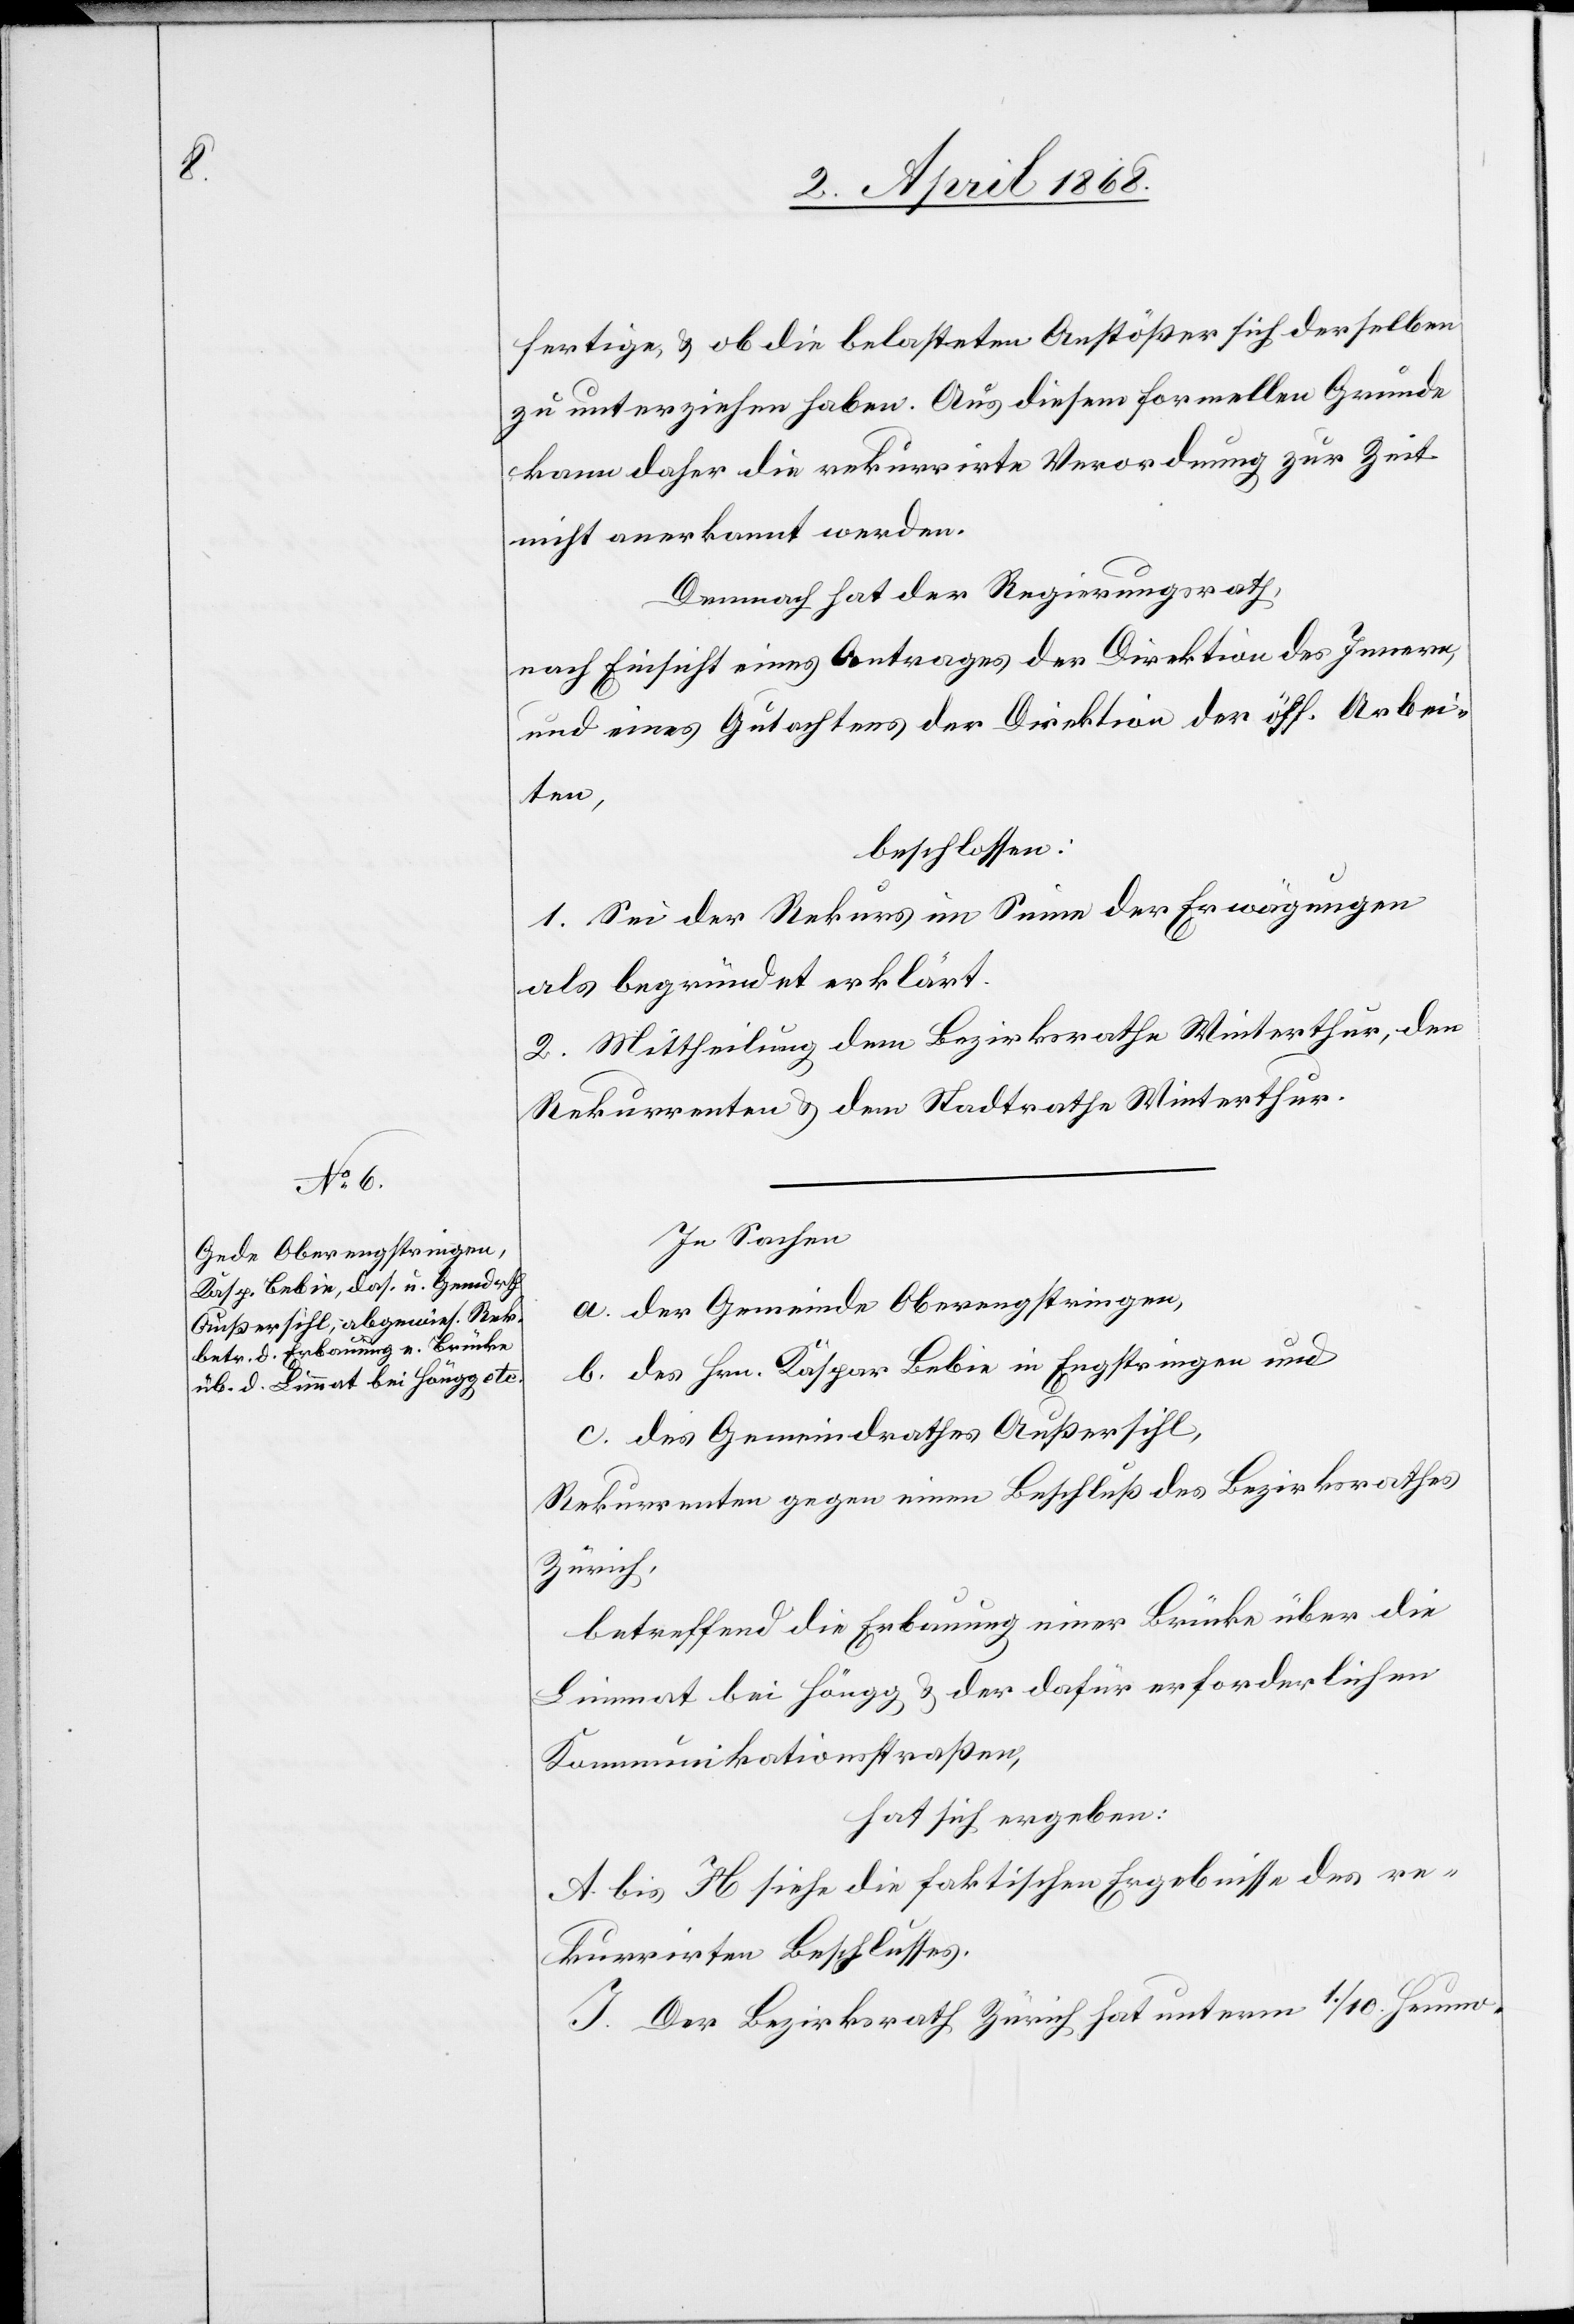
fertige, & ob die belasteten Anstößer sich derselben
zu unterziehen haben. Aus diesem formellen Grunde
kann daher die rekurrirte Verordnung zur Zeit
nicht anerkannt werden.
Demnach hat der Regierungsrath,
nach Einsicht eines Antrages der Direktion des Innern,
und eines Gutachtens der Direktion der öff. Arbei¬
ten,
beschlossen:
1. Sei der Rekurs im Sinne der Erwägungen
als begründet erklärt.
2. Mittheilung dem Bezirksrathe Winterthur, den
Rekurrenten & dem Stadtrathe Winterthur.
In Sachen
a. der Gemeinde Oberengstringen,
b. des Hrn. Kaspar Bebie in Engstringen und
c. des Gemeindrathes Außersihl,
Rekurrenten gegen einen Beschluß des Bezirksrathes
Zürich,
betreffend die Erbauung einer Brücke über die
Limmat bei Höngg & der dafür erforderlichen
Kommunikationsstraßen,
hat sich ergeben:
A. bis H siehe die faktischen Ergebnisse des re¬
kurrirten Beschlusses.
I. Der Bezirksrath Zürich hat unterm 1. / 10. Heumo-